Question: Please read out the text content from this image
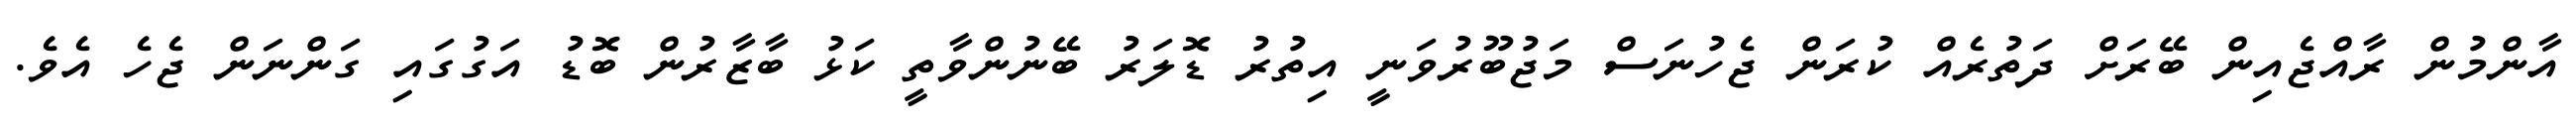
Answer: އާންމުން ރާއްޖެއިން ބޭރަށް ދަތުރެއް ކުރަން ޖެހުނަސް މަޖުބޫރުވަނީ އިތުރު ޑޮލަރު ބޭނުންވާތީ ކަޅު ބާޒާރުން ބޮޑު އަގުގައި ގަންނަން ޖެހެ އެވެ.